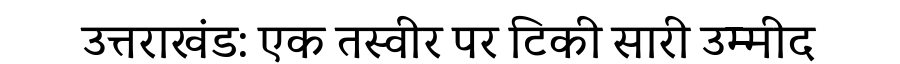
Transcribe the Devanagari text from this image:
उत्तराखंड: एक तस्वीर पर टिकी सारी उम्मीद